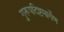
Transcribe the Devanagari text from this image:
गुरूपदिष्टमार्गेण